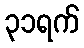
၃၁ရက်